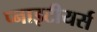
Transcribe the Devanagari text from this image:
प्नाइटीयर्स